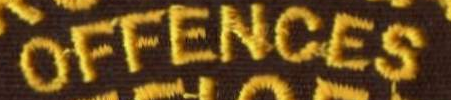
OFFENCES